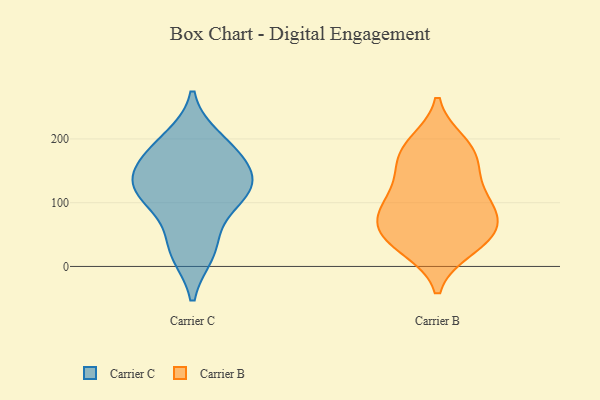
{"axis": {"x": "Energy Usage (MWh)", "y": "Value"}, "legend": ["Carrier B", "Carrier C"], "data": [{"x": "", "y": 175, "type": "Carrier C"}, {"x": "", "y": 125, "type": "Carrier C"}, {"x": "", "y": 198, "type": "Carrier C"}, {"x": "", "y": 122, "type": "Carrier C"}, {"x": "", "y": 98, "type": "Carrier C"}, {"x": "", "y": 176, "type": "Carrier C"}, {"x": "", "y": 140, "type": "Carrier C"}, {"x": "", "y": 119, "type": "Carrier C"}, {"x": "", "y": 32, "type": "Carrier C"}, {"x": "", "y": 23, "type": "Carrier C"}, {"x": "", "y": 97, "type": "Carrier B"}, {"x": "", "y": 152, "type": "Carrier B"}, {"x": "", "y": 192, "type": "Carrier B"}, {"x": "", "y": 58, "type": "Carrier B"}, {"x": "", "y": 125, "type": "Carrier B"}, {"x": "", "y": 67, "type": "Carrier B"}, {"x": "", "y": 30, "type": "Carrier B"}, {"x": "", "y": 84, "type": "Carrier B"}, {"x": "", "y": 39, "type": "Carrier B"}, {"x": "", "y": 178, "type": "Carrier B"}, {"x": "", "y": 44, "type": "Carrier B"}, {"x": "", "y": 97, "type": "Carrier B"}, {"x": "", "y": 179, "type": "Carrier B"}]}